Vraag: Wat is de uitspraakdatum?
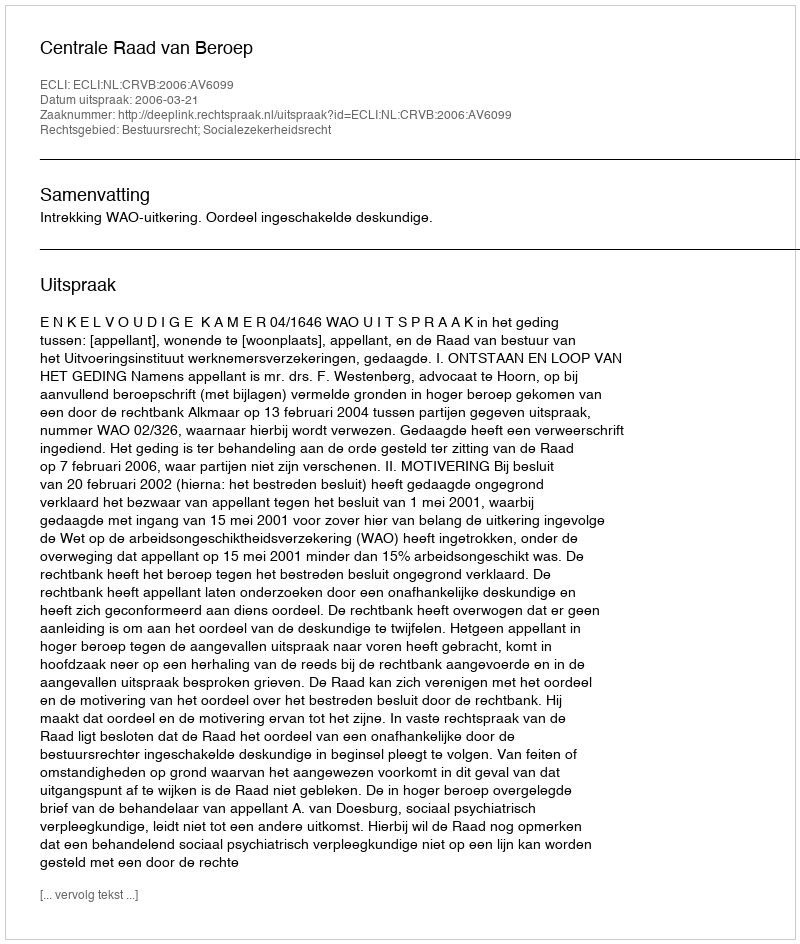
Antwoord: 2006-03-21